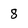
Character: 8